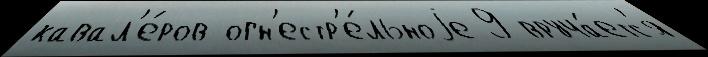
кавал'е́ров огн'естр'е́льноjе 9 вруча́етс'я